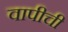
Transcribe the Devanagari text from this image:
वापीची